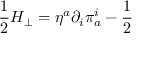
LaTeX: \frac { 1 } { 2 } H _ { \perp } = \eta ^ { a } \partial _ { i } \pi _ { a } ^ { i } - \frac { 1 } { 2 }